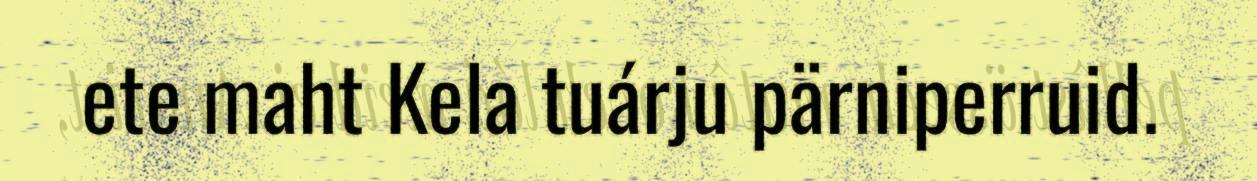
ete maht Kela tuárju pärniperruid.